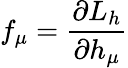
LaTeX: f_{\mu}=\frac{\partial L_{h}}{\partial h_{\mu}}